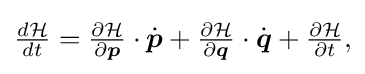
{\textstyle {\frac {d{\mathcal {H}}}{dt}}={\frac {\partial {\mathcal {H}}}{\partial {\boldsymbol {p}}}}\cdot {\dot {\boldsymbol {p}}}+{\frac {\partial {\mathcal {H}}}{\partial {\boldsymbol {q}}}}\cdot {\dot {\boldsymbol {q}}}+{\frac {\partial {\mathcal {H}}}{\partial t}},}